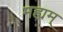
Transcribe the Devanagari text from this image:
मह्यम्